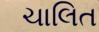
ચાલિત